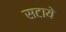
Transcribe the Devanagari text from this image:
सटाये